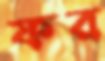
ফর